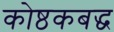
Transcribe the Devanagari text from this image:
कोष्ठकबद्ध